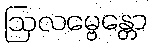
ဩလမ္ဗေန္တော